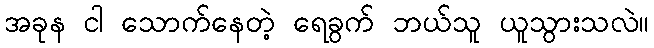
အခုန ငါ သောက်နေတဲ့ ရေခွက် ဘယ်သူ ယူသွားသလဲ။